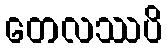
တေလဿပိ